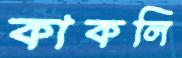
কাকলি